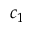
c _ { 1 }